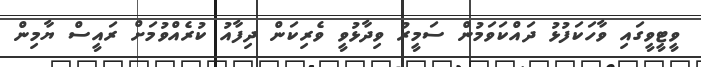
ވީޓީވީގައި ވާހަކަފުޅު ދައްކަވަމުން ސަމީރު ވިދާޅުވީ ވެރިކަން ދިފާއު ކުރެއްވުމަށް ރައީސް ޔާމިން